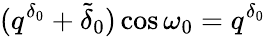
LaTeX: (q^{\delta_{0}}+\tilde{\delta}_{0})\cos\omega_{0}=q^{\delta_{0}}